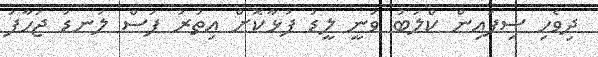
ދިވެހި ސިފައިން ކްލަބު ވަނީ ލީޑު ފުޅާކޮށް އިތުރު ފަސް ލަނޑު ޖަހާފަ